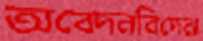
অবেদনবিদেরা